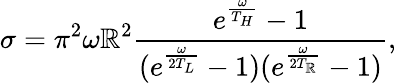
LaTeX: \sigma=\pi^{2}\omega\mathbb{R}^{2}\frac{{e^{\frac{{\omega}}{{T_{H}}}}-1}}{{(e^{\frac{{\omega}}{{2T_{L}}}}-1)(e^{\frac{{\omega}}{{2T_{\mathbb{R}}}}}-1)}},